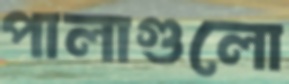
পালাগুলো